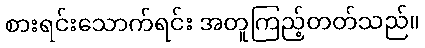
စားရင်းသောက်ရင်း အတူကြည့်တတ်သည်။